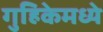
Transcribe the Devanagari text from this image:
गुहिकेमध्ये